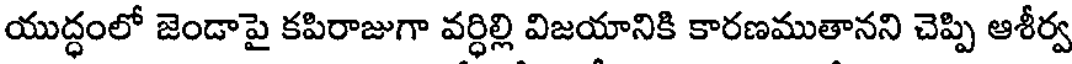
యుద్ధంలో జెండాపై కపిరాజుగా వర్ధిల్లి విజయానికి కారణముతానని చెప్పి ఆశీర్వ